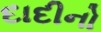
દાદીનો